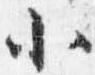
小